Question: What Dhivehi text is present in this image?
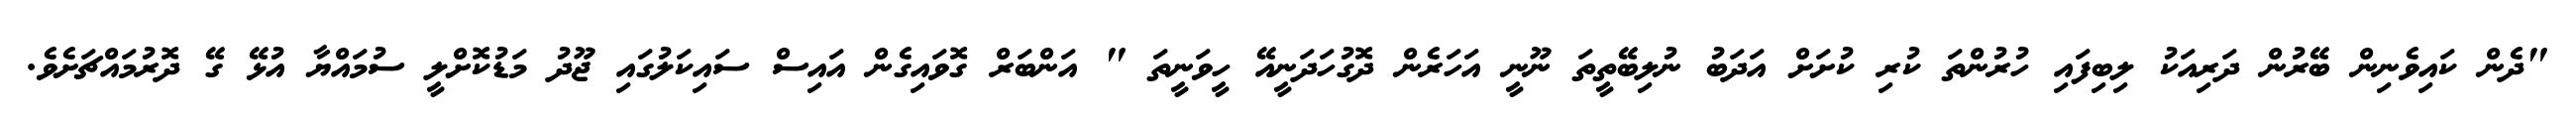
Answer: "ދެން ކައިވެނިން ބޭރުން ދަރިއަކު ލިބިފައި ހުރުންތަ ކުރި ކުށަށް އަދަބު ނުލިބޭތީތަ ނޫނީ އަހަރެން ދޮގުހަދަނީއޭ ހީވަނީތަ " އަންބަރް ގޮވައިގެން އައިސް ސައިކަލުގައި ޖޫދު މަޑުކޮށްލީ ސުމައްޔާ އުޅޭ ގޭ ދޮރުމައްޗަށެވެ.